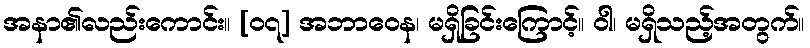
အနာ၏လည်းကောင်း။ [၀၇] အဘာဝေန၊ မရှိခြင်းကြောင့်။ ဝါ၊ မရှိသည့်အတွက်။